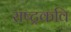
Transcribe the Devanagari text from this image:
राष्‍ट्रकवि